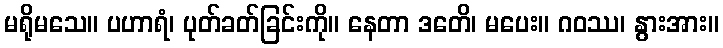
မရိုမသေ။ ပဟာရံ၊ ပုတ်ခတ်ခြင်းကို။ နေတာ ဒတေိ၊ မပေး။ ဂဝဿ၊ နွားအား။